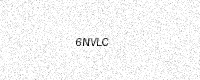
Text: 6NVLC